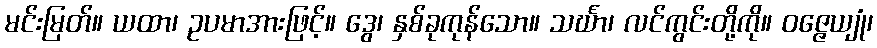
မင်းမြတ်။ ယထာ၊ ဥပမာအားဖြင့်။ ဒွေ၊ နှစ်ခုကုန်သော။ သင်္ဃာ၊ လင်ကွင်းတို့ကို။ ဝဇ္ဇေယျုံ၊